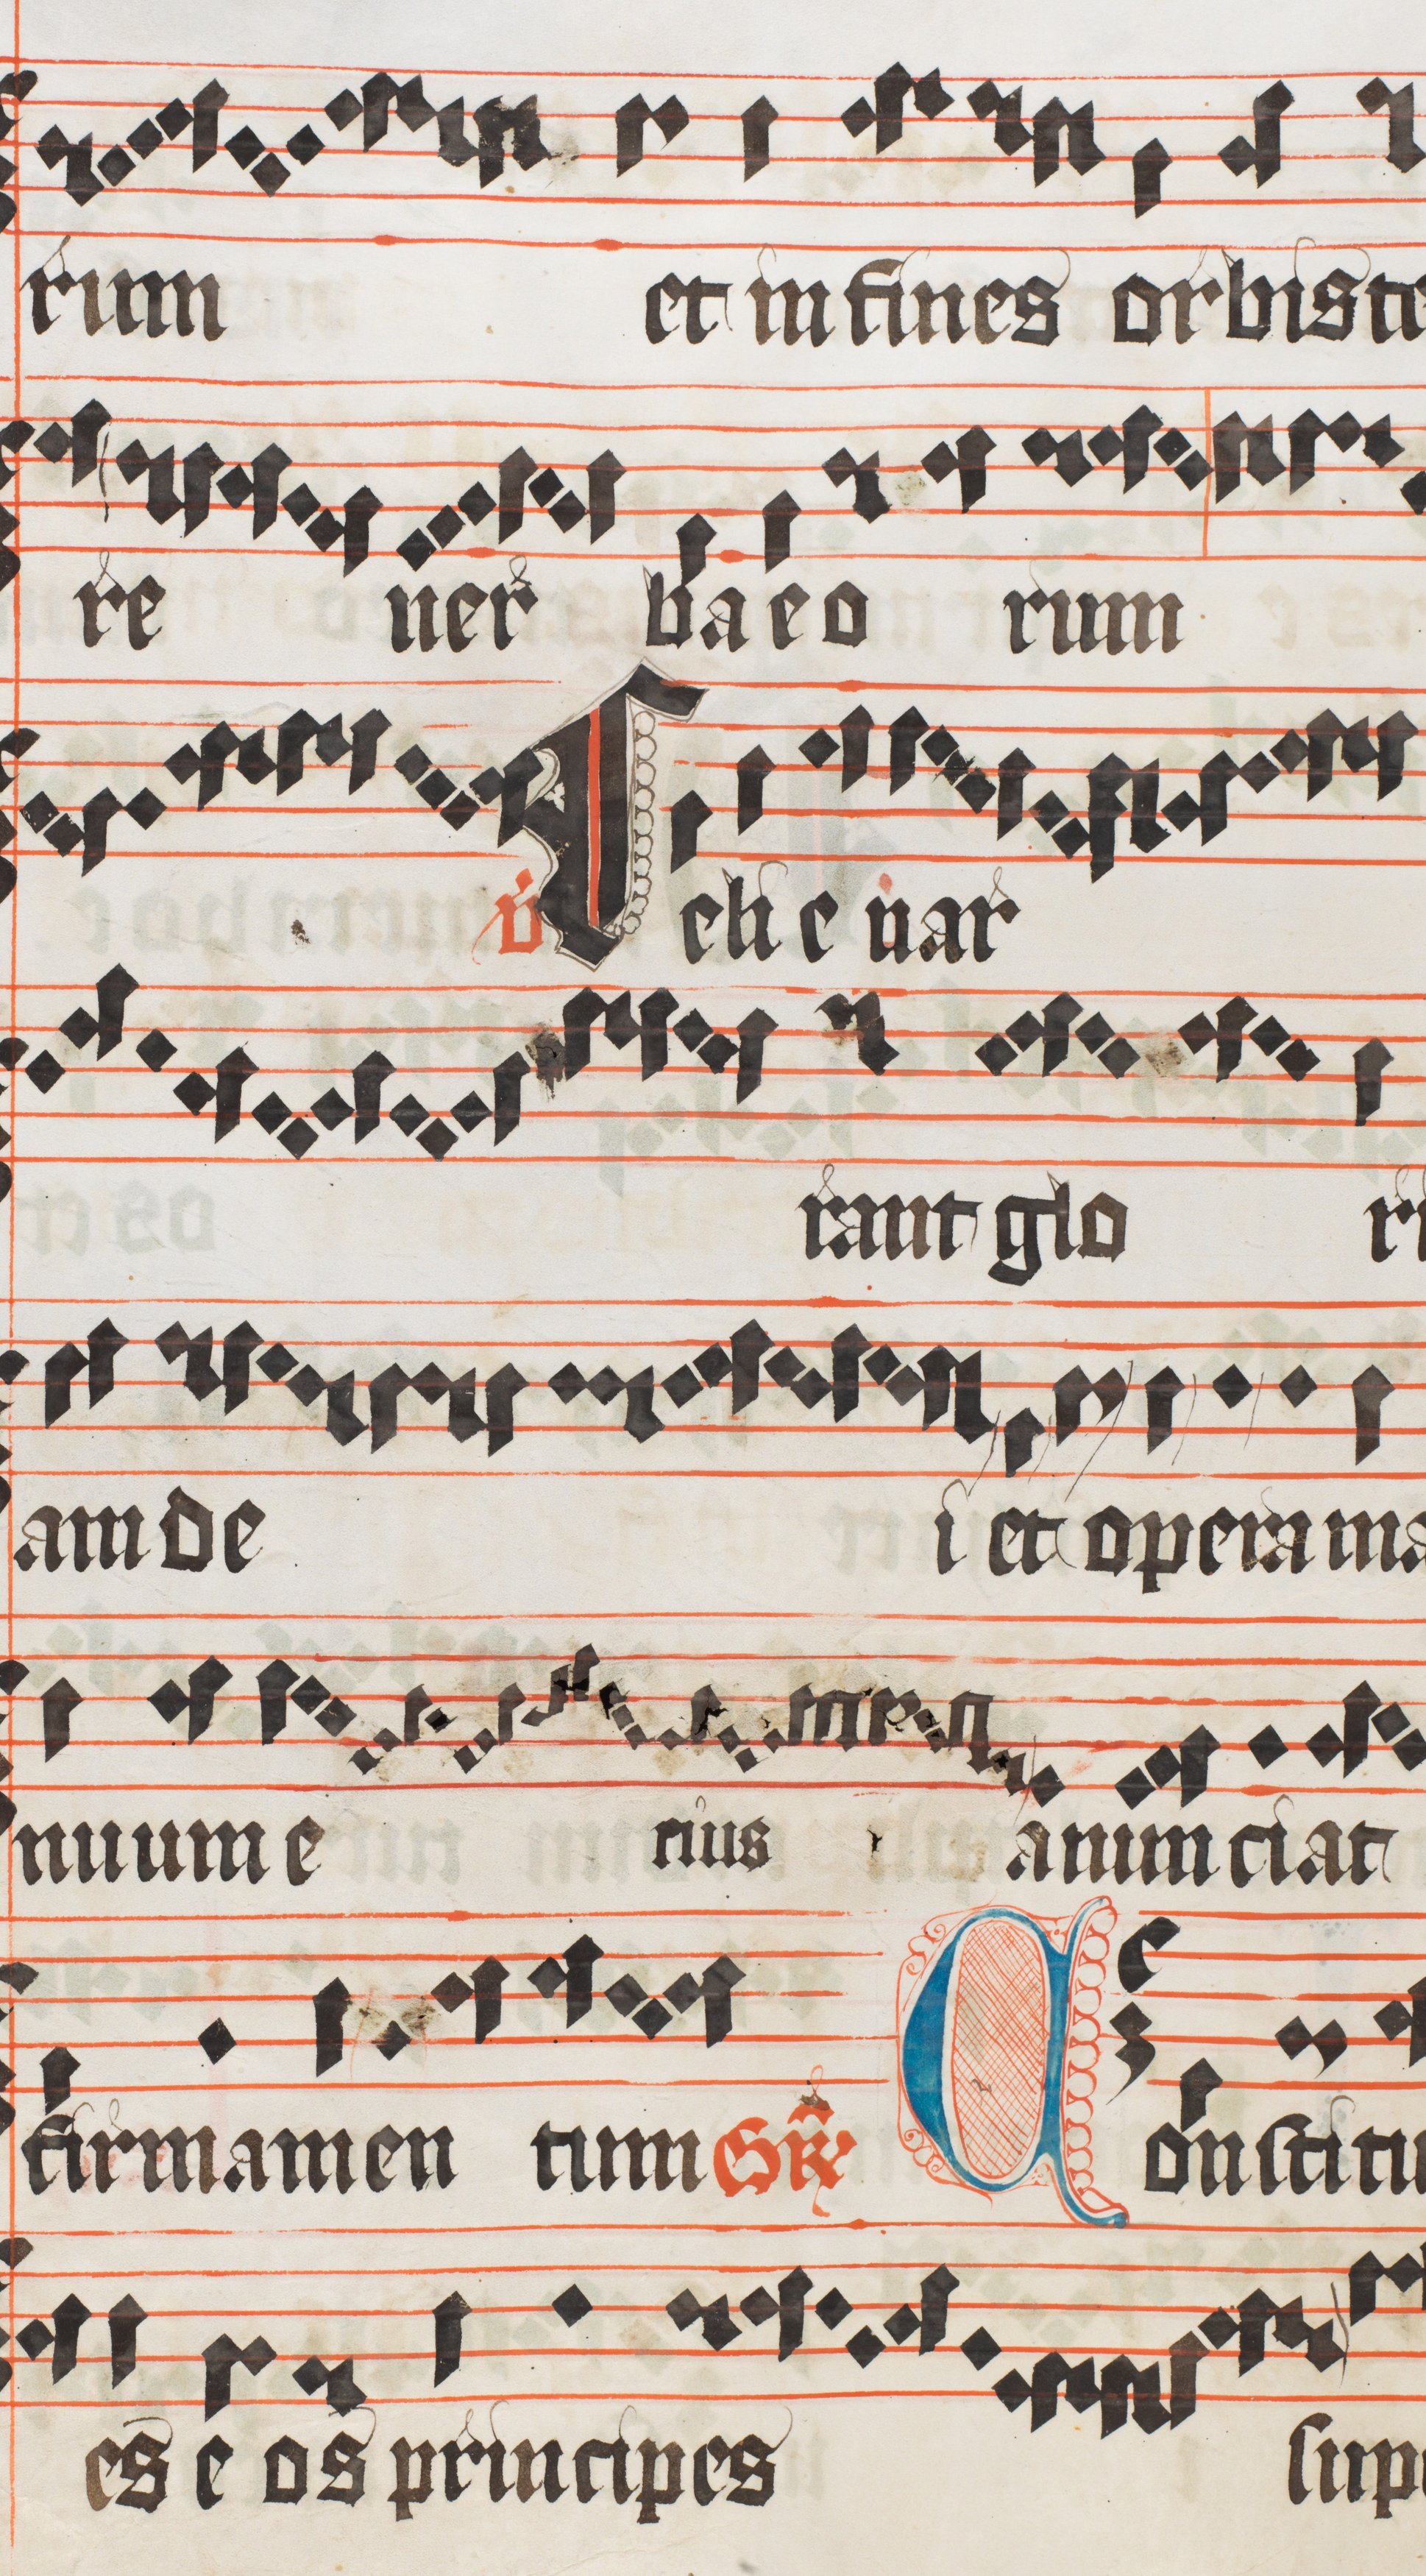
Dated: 1473–1473